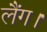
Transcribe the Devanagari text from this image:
लैंग।